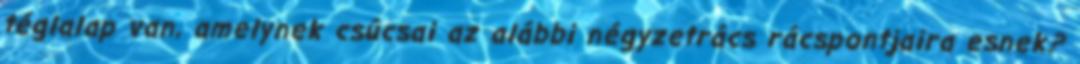
téglalap van, amelynek csúcsai az alábbi négyzetrács rácspontjaira esnek?